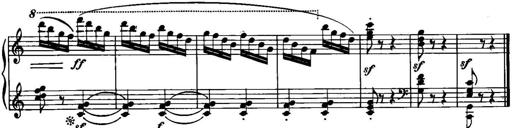
Title: Piano Sonatina No.1, Op.146
Composer: Stephen Heller